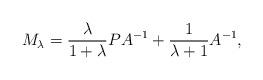
LaTeX: \begin{align*}M_{\lambda}=\frac{\lambda}{1+\lambda}PA^{-1} +\frac{1}{\lambda+1} A^{-1},\end{align*}